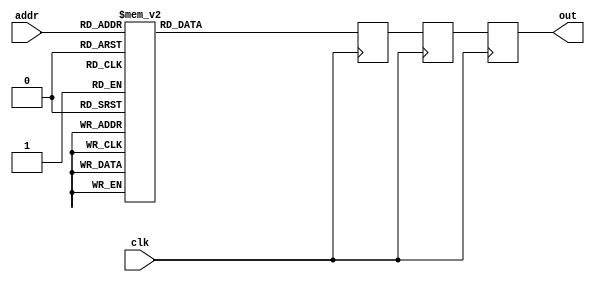
module D4_32169(addr, out, clk);
   input clk;
   output [15:0] out;
   reg [15:0] out, out2, out3;
   input [4:0] addr;
   always @(posedge clk) begin
      out2 <= out3;
      out <= out2;
   case(addr)
      0: out3 <= 16'h0;
      1: out3 <= 16'hf9ba;
      2: out3 <= 16'hf384;
      3: out3 <= 16'hed6c;
      4: out3 <= 16'he782;
      5: out3 <= 16'he1d5;
      6: out3 <= 16'hdc72;
      7: out3 <= 16'hd766;
      8: out3 <= 16'hd2bf;
      9: out3 <= 16'hce87;
      10: out3 <= 16'hcac9;
      11: out3 <= 16'hc78f;
      12: out3 <= 16'hc4df;
      13: out3 <= 16'hc2c1;
      14: out3 <= 16'hc13b;
      15: out3 <= 16'hc04f;
      16: out3 <= 16'hc000;
      17: out3 <= 16'hc04f;
      18: out3 <= 16'hc13b;
      19: out3 <= 16'hc2c1;
      20: out3 <= 16'hc4df;
      21: out3 <= 16'hc78f;
      22: out3 <= 16'hcac9;
      23: out3 <= 16'hce87;
      24: out3 <= 16'hd2bf;
      25: out3 <= 16'hd766;
      26: out3 <= 16'hdc72;
      27: out3 <= 16'he1d5;
      28: out3 <= 16'he782;
      29: out3 <= 16'hed6c;
      30: out3 <= 16'hf384;
      31: out3 <= 16'hf9ba;
      default: out3 <= 0;
   endcase
   end
endmodule